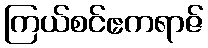
ကြယ်စင်ဧကရာဇ်